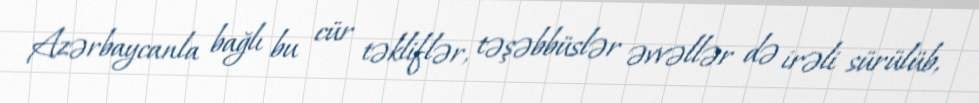
Azərbaycanla bağlı bu cür təkliflər, təşəbbüslər əvvəllər də irəli sürülüb,